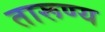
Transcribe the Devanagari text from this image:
तारूण्य